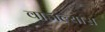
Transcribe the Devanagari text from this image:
वाजल्यास